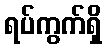
ရပ်ကွက်ရှိ